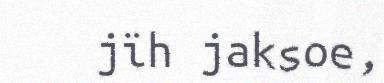
jïh jaksoe,